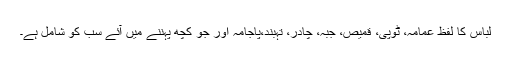
لباس کا لفظ عمامہ، ٹوپی، قمیص، جبہ، چادر، تہبند،پاجامہ اور جو کچھ پہننے میں آئے سب کو شامل ہے۔